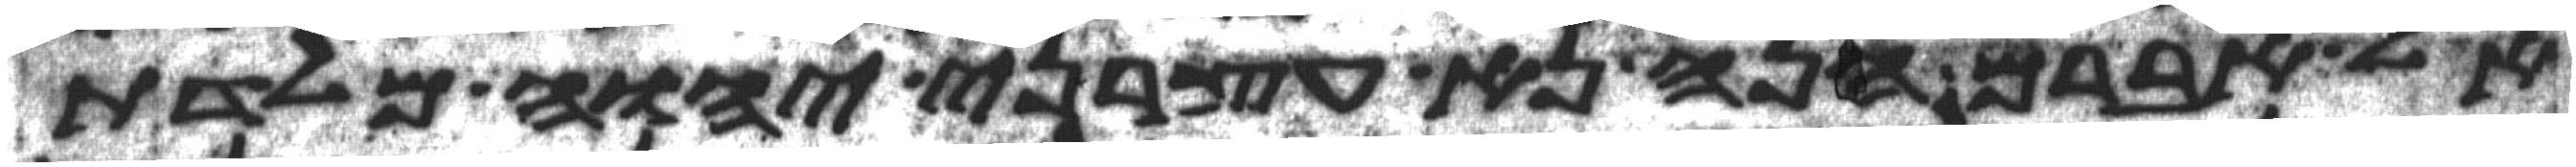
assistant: אל אברם הנה נא עצרני יהוה מלדת